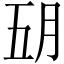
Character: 𬁶